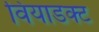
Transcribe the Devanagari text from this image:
वियाडक्ट